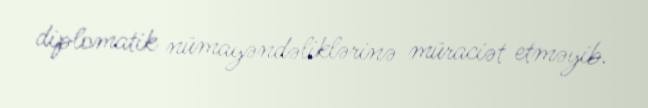
diplomatik nümayəndəliklərinə müraciət etməyib.